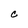
Character: C